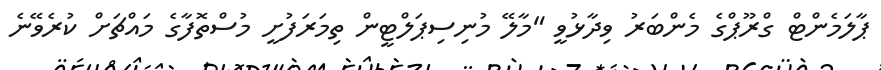
ޕާލަމެންޓް ގްރޫޕްގެ މެންބަރު ވިދާޅުވީ "މާލޭ މުނިސިޕަލްޓީން ތިމަރަފުށީ މުސްތޮފާގެ މައްޗަށް ކުރެވޭނެ